Statistical return of the lunatic asylum in Assam - 1912-1932
Year: 1912
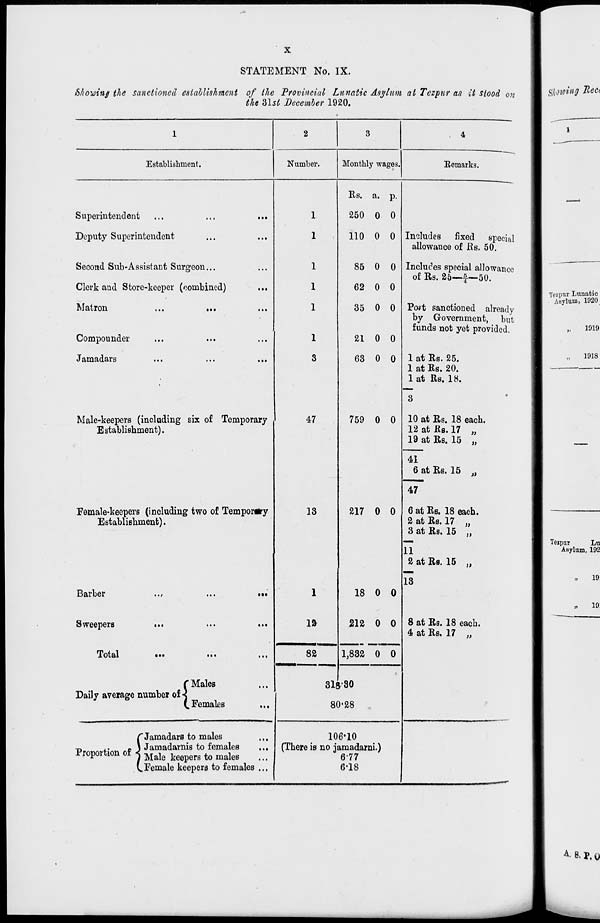
STATEMENT No. IX.
Showing the sanctioned establishment of the Provincial Lunatic Asylum at Tczpur as it stood on
the 31^ December 1920.
Establishment.
Number.
Monthly wages.
Remarks.
Superintendent
Deputy Superintendent
Second Sub-Assistant Surgeon...
Clerk and Store-keeper (combined)
Matron
...
...
Compounder
Jamadars
Male-keepers (including six of Temporary
Establishment).
Eemale-keepers (including two of Temporary
Establishment).
Barber
Sweepers
Total
Daily average number of «J
( Males
Females
C Jamadars to males
•n
L>
* ) Jamadarnis to females
...
Proportion of j Male keeperg to maleB
( (
C Female keepers to females ...
47
13
n
82
Rs. a. p.
250 0 0
110 0 0
85 0 0
62 0 0
35 0 0
21 0 0
63 0 0
759 0 0
217 0 0
18 0 0
212 0 0
1,832 0 0
3l8'80
80*28
106*10
(There is no jamadarni.)
677
6-18
Includes fixed special
allowance of JRs. 50.
Includes special allowance
of Rs. 25—f ~50.
Post sanctioned already
by Government, but
funds not yet provided.
1 at Rs. 25.
1 at Rs. 20.
1 at Rs. 18.
10 at Rs. 18 each.
12 at Rs. 17 „
19 at Rs. 15 „
41
6 at Rs. 15
47
a
6 at Rs. 18 each.
2 at Rs. 17
3 at Rs. 15
)>
11
2 at Rs. 15
13
8 at Rs. 18 each.
4 at Rs. 17 „
Tczpur Lunatic
Asylum, 1920
Tejpur
Lu
Asylum, 192